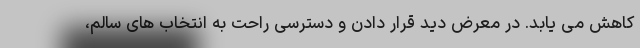
کاهش می یابد. در معرض دید قرار دادن و دسترسی راحت به انتخاب های سالم،